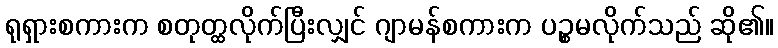
ရုရှားစကားက စတုတ္ထလိုက်ပြီးလျှင် ဂျာမန်စကားက ပဉ္စမလိုက်သည် ဆို၏။